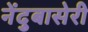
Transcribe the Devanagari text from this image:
नेंदुबासेरी